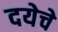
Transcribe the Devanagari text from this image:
दयेचे